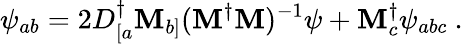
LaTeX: \psi_{ab}=2D_{[a}^{\dagger}\mathbf{M}_{b]}(\mathbf{M}^{\dagger}\mathbf{M})^{-1}\psi+\mathbf{M}_{c}^{\dagger}\psi_{abc}\ .